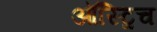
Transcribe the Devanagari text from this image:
ऑस्ट्रिच